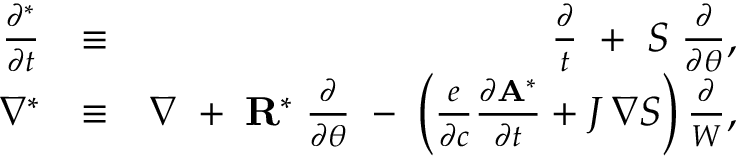
\begin{array} { r l r } { \frac { \partial ^ { * } } { \partial t } } & { \equiv } & { \frac { \partial } { t } \; + \; { \cal S } \; \frac { \partial } { \partial \theta } , } \\ { \nabla ^ { * } } & { \equiv } & { \nabla \; + \; { \bf R } ^ { * } \; \frac { \partial } { \partial \theta } \; - \; \left( \frac { e } { \partial c } \frac { \partial { \bf A } ^ { * } } { \partial t } + J \, \nabla { \cal S } \right) \frac { \partial } { W } , } \end{array}